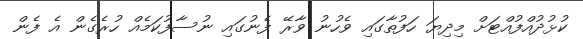
ކުޅުދުއްފުއްޓަށް މިދިޔަ ހަފުތާގައި ވެހުނު ވާރޭ ފެނުގައި ނުސާފުކަމެއް ހުރެގެން އެ ފެން